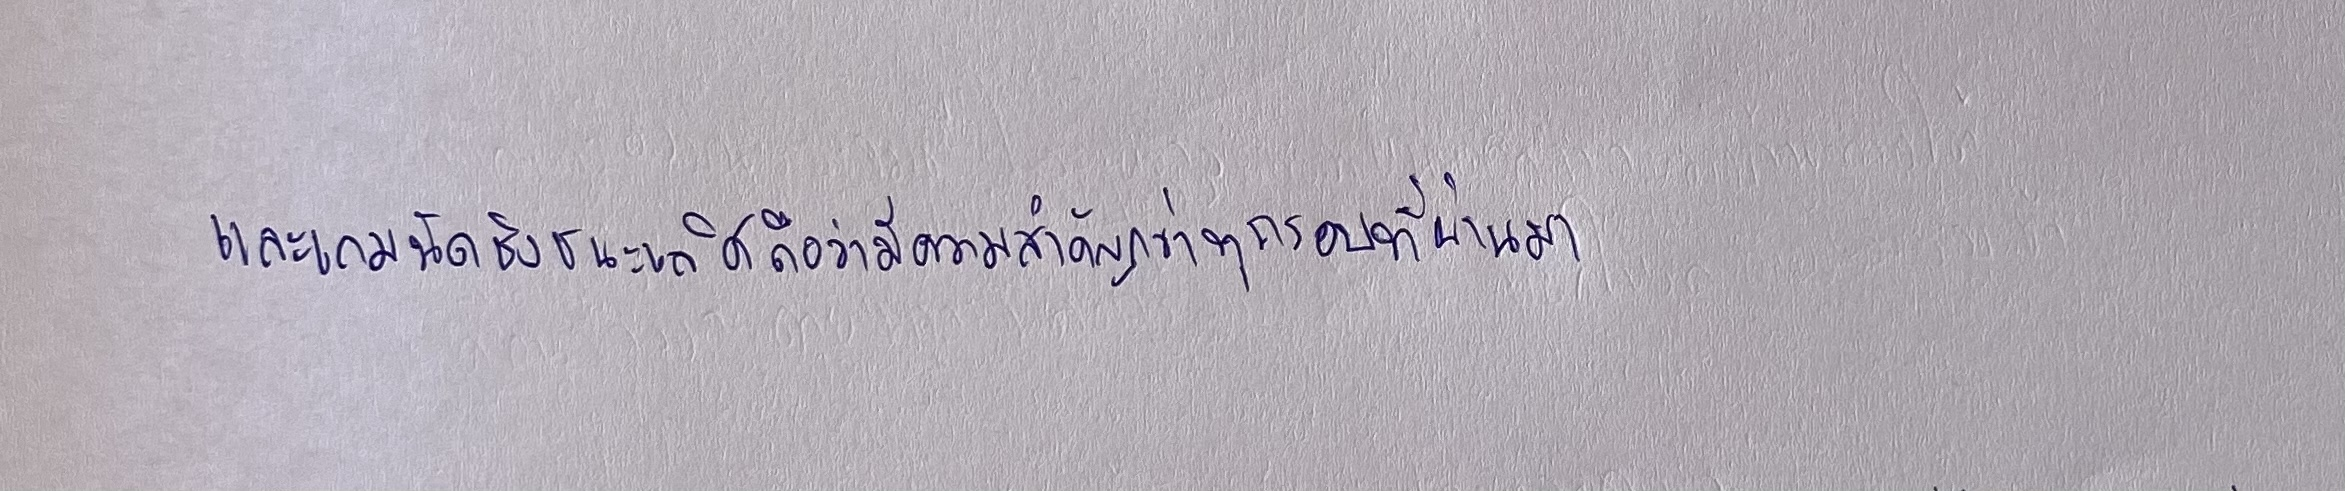
และเกมนัดชิงชนะเลิศถือว่ามีความสำคัญกว่าทุกรอบที่ผ่านมา